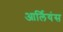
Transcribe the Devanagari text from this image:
आर्लियंस